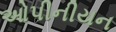
ઓપીનીયન